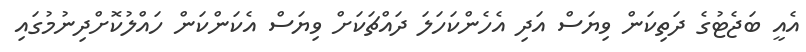
އެއީ ބަޖެޓުގެ ދަތިކަން ވިޔަސް އަދި އެހެންކަހަލަ ދައްޗަކަށް ވިޔަސް އެކަންކަން ހައްލުކޮށްދިނުމުގައި